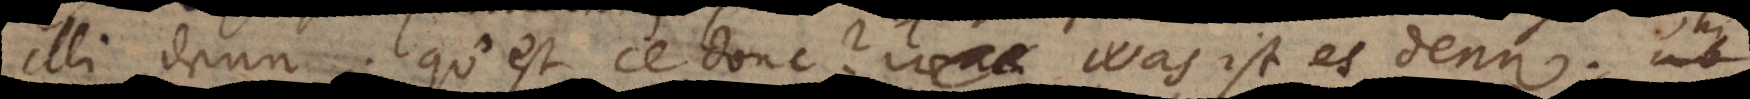
illi denn. Qu’est ce donc? Was ist es denn?